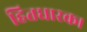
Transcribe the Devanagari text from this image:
हितधारक।